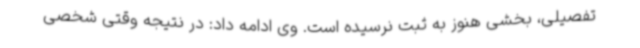
تفصیلی، بخشی هنوز به ثبت نرسیده است. وی ادامه داد: در نتیجه وقتی شخصی